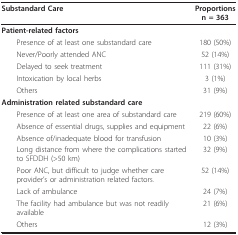
<table><thead><tr><td><b>Substandard Care</b></td><td><b>Proportionsn = 363</b></td></tr></thead><tbody><tr><td><b>Patient-related factors</b></td><td></td></tr><tr><td> Presence of at least one substandard care</td><td>180 (50%)</td></tr><tr><td> Never/Poorly attended ANC</td><td>52 (14%)</td></tr><tr><td> Delayed to seek treatment</td><td>111 (31%)</td></tr><tr><td> Intoxication by local herbs</td><td>3 (1%)</td></tr><tr><td> Others</td><td>31 (9%)</td></tr><tr><td><b>Administration related substandard care</b></td><td></td></tr><tr><td> Presence of at least one area of substandard care</td><td>219 (60%)</td></tr><tr><td> Absence of essential drugs, supplies and equipment</td><td>22 (6%)</td></tr><tr><td> Absence of/inadequate blood for transfusion</td><td>10 (3%)</td></tr><tr><td> Long distance from where the complications started to SFDDH (&gt;50 km)</td><td>32 (9%)</td></tr><tr><td> Poor ANC, but difficult to judge whether care provider&#x27;s or administration related factors.</td><td>52 (14%)</td></tr><tr><td> Lack of ambulance</td><td>24 (7%)</td></tr><tr><td> The facility had ambulance but was not readily available</td><td>21 (6%)</td></tr><tr><td> Others</td><td>12 (3%)</td></tr></tbody></table>